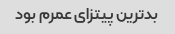
بدترین پیتزای عمرم بود